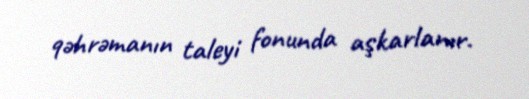
qəhrəmanın taleyi fonunda aşkarlanır.